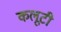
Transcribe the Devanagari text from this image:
कलूटी